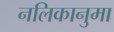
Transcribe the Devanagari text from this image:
नलिकानुमा